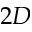
2 D